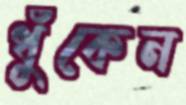
ধুঁকেন